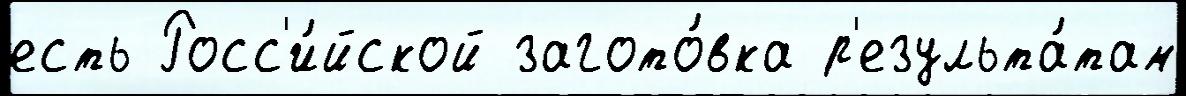
есть Росс'и́йской загото́вка р'езульта́там